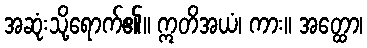
အဆုံးသို့ရောက်၏။ ဣတိအယံ၊ ကား။ အတ္ထော၊